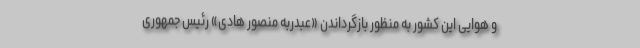
و هوایی این کشور به منظور بازگرداندن «عبدربه منصور هادی» رئیس جمهوری